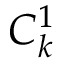
{ C } _ { k } ^ { 1 }